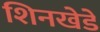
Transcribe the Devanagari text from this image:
शिनखेडे